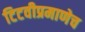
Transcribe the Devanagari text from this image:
टिटवीप्रमाणेच